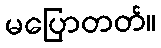
မပြောတတ်။